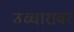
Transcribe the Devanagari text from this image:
उच्चारावर